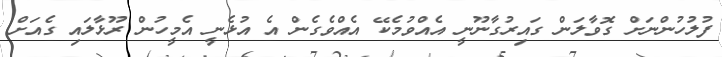
ފުލުހުންނަށް ގޮވާލަން ގައިރުގާނޫނީ އެއްވުމެކޭ އެއްވެގެން އެ އުޅެނީ އެމީހުން ރޫޅާލައި ގެއަށް